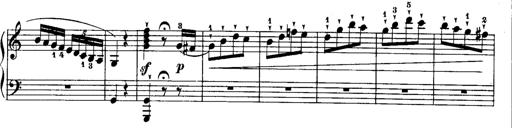
Title: Rondos and Sonatinas for Pianoforte
Composer: Daniel Steibelt